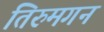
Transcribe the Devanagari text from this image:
तिरुमगन